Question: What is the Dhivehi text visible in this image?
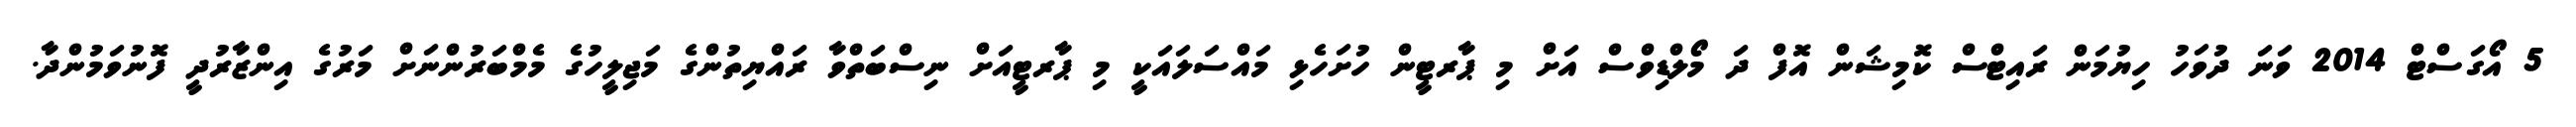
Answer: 5 އޯގަސްޓް 2014 ވަނަ ދުވަހު ހިޔުމަން ރައިޓްސް ކޮމިޝަން އޮފް ދަ މޯލްޑިވްސް އަށް މި ޕާރޓީން ހުށަހެޅި މައްސަލައަކީ މި ޕާރޓީއަށް ނިސްބަތްވާ ރައްޔިތުންގެ މަޖިލީހުގެ މެމްބަރުންނަށް މަރުގެ އިންޒާރުދީ ފޮނުވަމުންދާ.